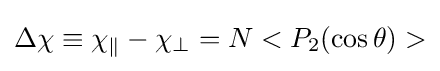
\Delta \chi \equiv \chi _{\parallel }-\chi _{\perp }=N<P_{2}(\cos {\theta })>